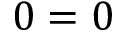
0 = 0